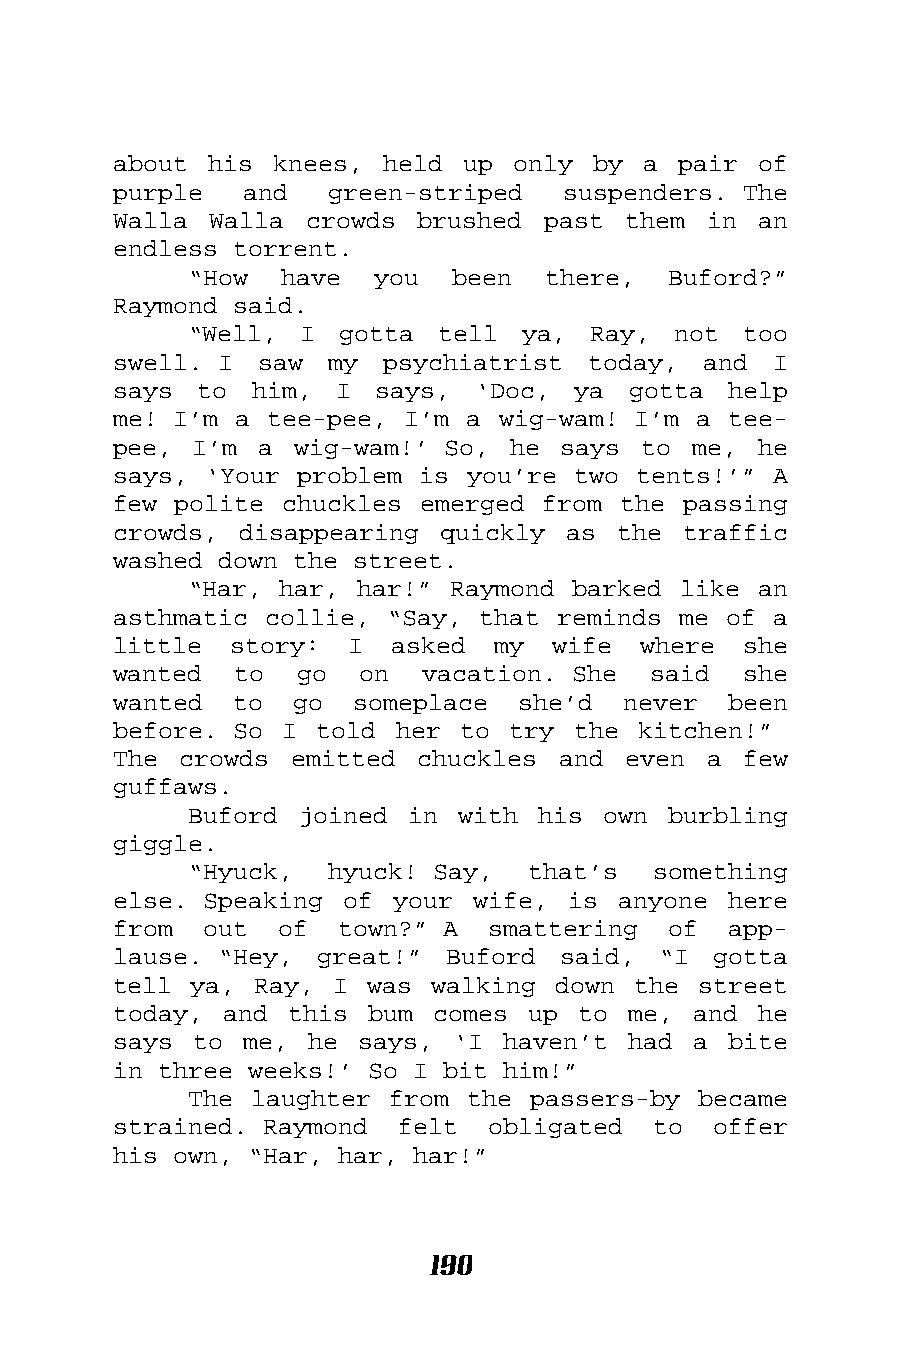
about his knees,  held up only  by a pair  of
 purple  and   green-striped   suspenders. The
 Walla Walla  crowds brushed past  them in  an
 endless torrent.
 “How  have  you  been  there,   Buford?”
 Raymond said.
 “Well, I  gotta tell  ya,  Ray, not  too
 swell. I saw  my  psychiatrist today,  and  I
 says to  him,  I says,  ‘Doc, ya  gotta  help
 me! I’m a tee-pee, I’m a wig-wam! I’m a  tee-
 pee, I’m  a wig-wam!’ So, he  says to me,  he
 says, ‘Your problem is you’re two tents!’”  A
 few polite chuckles emerged from the  passing
 crowds, disappearing  quickly as the  traffic
 washed down the street.
 “Har, har, har!” Raymond barked like  an
 asthmatic collie, “Say, that reminds me of  a
 little  story: I  asked  my  wife  where  she
 wanted  to  go  on  vacation. She  said   she
 wanted  to  go  someplace  she’d  never  been
 before. So I told  her to try the  kitchen!”
 The crowds  emitted chuckles and  even a  few
 guffaws.
 Buford joined in  with his own  burbling
 giggle.
 “Hyuck,  hyuck! Say,  that’s   something
 else. Speaking of your  wife, is anyone  here
 from  out  of  town?” A  smattering  of  app-
 lause. “Hey, great!”  Buford said,  “I  gotta
 tell ya, Ray,  I was walking down the  street
 today, and this  bum comes up  to me, and  he
 says to me,  he says, ‘I  haven’t had a  bite
 in three weeks!’ So I bit him!”
 The laughter from the passers-by  became
 strained. Raymond  felt  obligated  to  offer
 his own, “Har, har, har!”
 190